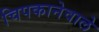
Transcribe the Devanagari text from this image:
चिपकानेवाले